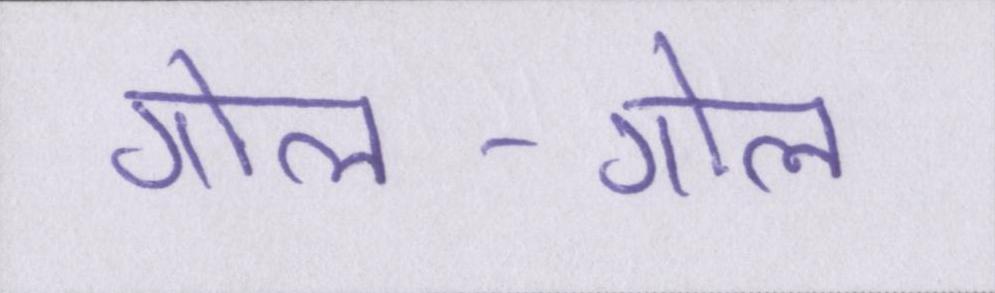
गोल-गोल